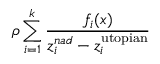
\rho \sum _ { i = 1 } ^ { k } { \frac { f _ { i } ( x ) } { z _ { i } ^ { n a d } - z _ { i } ^ { \mathrm { u t o p i a n } } } }